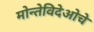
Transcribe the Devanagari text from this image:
मोन्तेविदेओचे